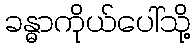
ခန္ဓာကိုယ်ပေါ်သို့